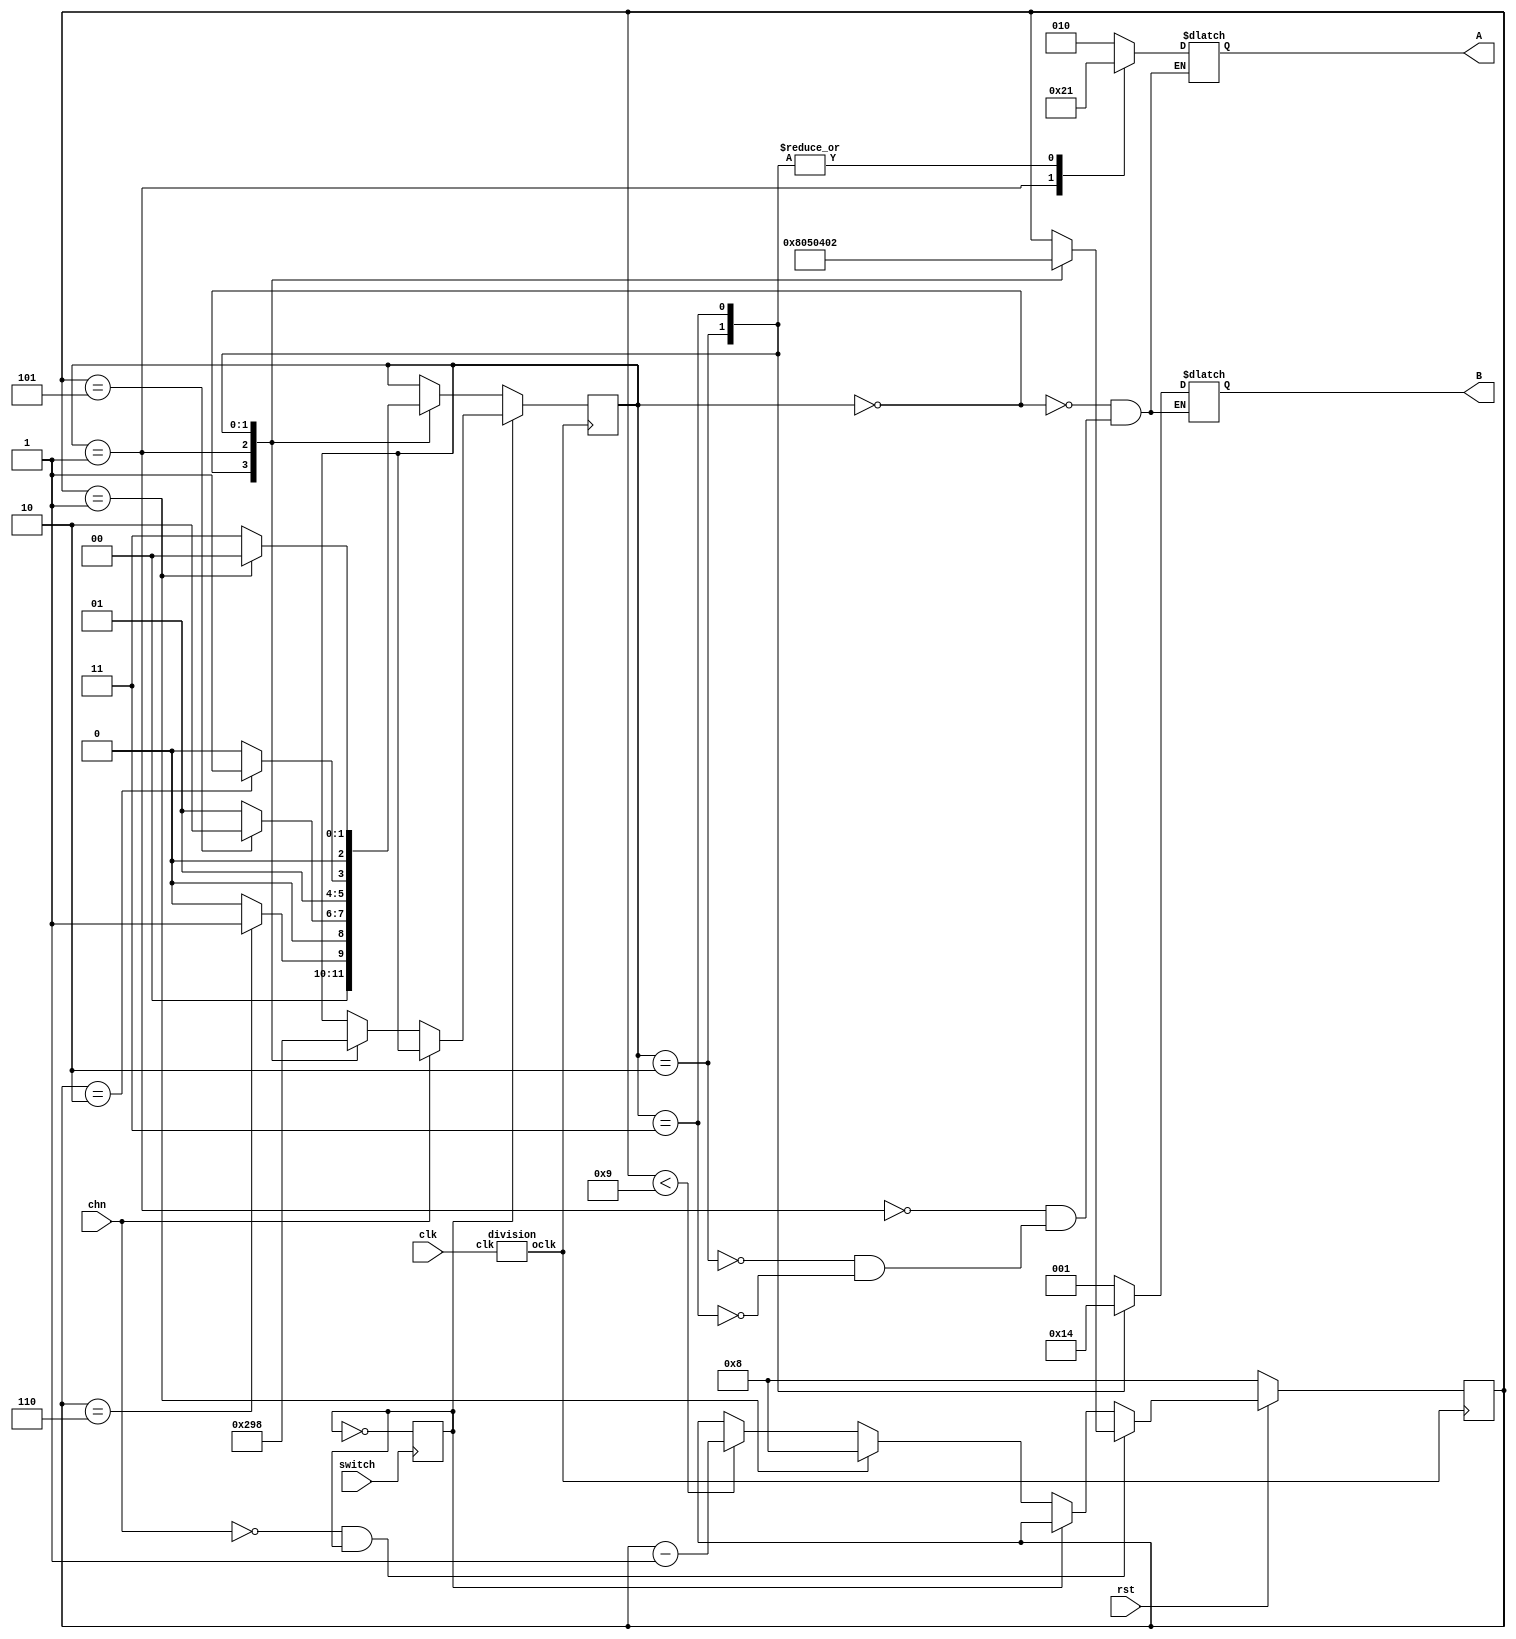
module LAB1(rst,clk,chn,switch,A,B);


input rst,clk,chn,switch;
wire [7:0]ones, tens;
output reg [2:0]A,B;
reg [2:0] out_state=3'b000;
reg [7:0]wout;

reg auto=1'b0;
wire [7:0] ONES, TENS, HUNDREDS;
wire oclk;

parameter S0=3'b000,S1=3'b001,S2=3'b010,S3=3'b011,S4=3'b100;
parameter d1=8'b0000001,d3=8'b00000011,d0=8'b0000000;

bin2bcd A3(ONES,TENS,HUNDREDS,wout);  
seg7disp A4(1'b1,ONES, ones);         
seg7disp A5(1'b1,TENS, tens);        
division A1(.oclk(oclk), .clk(clk));        
always @(posedge oclk )
begin
	if(~rst) 
	wout = 8'b00001000;


        else if((chn==0)&(auto==1))
        
        begin
          case(out_state)
           S0:wout=8'b00001000;
           S1:wout=8'b00000101;
           S2:wout=8'b00000100;
           S3:wout=8'b00000010;
           endcase
        end
        else if(auto)
          wout=wout;
        else if (wout == 8'b00000001)
		wout = 8'b00001000;	

        else if(wout < 9)
		wout = wout - 8'b00000001;
	 
	
end

always@(negedge switch)
 begin 
  auto=~auto;                 
  end 

always@(posedge oclk)
begin
if(auto==0)                       
 begin
   case(out_state)
   S0:
      begin
        if(wout==8'b00000110)
           begin
              out_state=S1;   
                                 
           end
         else
              out_state=S0;
        end  
   S1:
     begin
         if(wout==8'b00000101)
         
              out_state=S2;
            
          else
              out_state=S1;
     end
   S2:
      begin
         if(wout==8'b00000010)
         out_state=S3;
          else
              out_state=S2;
      end
   S3:
      begin
        if(wout==8'b00000001)
            out_state=S0;
                        
         else
              out_state=S3;   
      end
    
   endcase
   end
 else if(chn==0)                    
   begin
       case(out_state)
       S0: out_state=S1;
       S1: out_state=S2;
       S2: out_state=S3;
       S3: out_state=S0;
       endcase
    end
   
end
always@(*)
begin
 case (out_state)
  S0: begin A=3'b010;
            B=3'b001;
              
      end
  S1: begin A=3'b100;
              B=3'b001;
      end        
  S2: begin A=3'b001;
             B=3'b010;
      end
  S3: begin
            A=3'b001;
            B=3'b100;
      end
  endcase
 end
endmodule
module seg7disp(rst,dataIn0, segLedOut);

input rst;
input [7:0] dataIn0;
output [7:0] segLedOut;
reg [7:0] segLedOut;

always @(rst or dataIn0)
if(~rst)
	segLedOut = 8'h03;
else
	begin
		case(dataIn0)
			8'h0: segLedOut = 8'h03;
			8'h1: segLedOut = 8'h9F;
			8'h2: segLedOut = 8'h25;
			8'h3: segLedOut = 8'h0D;
			8'h4: segLedOut = 8'h99;
			8'h5: segLedOut = 8'h49;
			8'h6: segLedOut = 8'h41;
			8'h7: segLedOut = 8'h1B;
			8'h8: segLedOut = 8'h01;
			8'h9: segLedOut = 8'h19;
			default:  segLedOut = 8'hFF;
		endcase
	end
endmodule
module bin2bcd(ONES,TENS,HUNDREDS,A);
input [7:0] A;
output [7:0] ONES, TENS, HUNDREDS;
wire [3:0] c1,c2,c3,c4,c5,c6,c7;
wire [3:0] d1,d2,d3,d4,d5,d6,d7;

assign d1 = {1'b0,A[7:5]};
assign d2 = {c1[2:0],A[4]};
assign d3 = {c2[2:0],A[3]};
assign d4 = {c3[2:0],A[2]};
assign d5 = {c4[2:0],A[1]};
assign d6 = {1'b0,c1[3],c2[3],c3[3]};
assign d7 = {c6[2:0],c4[3]};
add3 m1(d1,c1);
add3 m2(d2,c2);
add3 m3(d3,c3);
add3 m4(d4,c4);
add3 m5(d5,c5);
add3 m6(d6,c6);
add3 m7(d7,c7);
assign ONES = {4'b0000, c5[2:0],A[0]};
assign TENS = {4'b0000, c7[2:0],c5[3]};
assign HUNDREDS = {6'b000000, c6[3],c7[3]};

endmodule

module add3(in,out);
input [3:0] in;
output [3:0] out;
reg [3:0] out;

always @ (in)
	case (in)
	4'b0000: out <= 4'b0000;
	4'b0001: out <= 4'b0001;
	4'b0010: out <= 4'b0010;
	4'b0011: out <= 4'b0011;
	4'b0100: out <= 4'b0100;
	4'b0101: out <= 4'b1000;
	4'b0110: out <= 4'b1001;
	4'b0111: out <= 4'b1010;
	4'b1000: out <= 4'b1011;
	4'b1001: out <= 4'b1100;
	default: out <= 4'b0000;
	endcase
endmodule
module division (oclk, clk);
input clk;
output oclk;
reg oclk;
integer i;								
always @ (posedge clk)
	if (i<=25000000)						
		begin
		i=i+1;
		oclk=oclk;
		end
	else if(i==25000001)					
		begin
		oclk=~oclk;
		i=0;
		end
endmodule